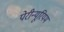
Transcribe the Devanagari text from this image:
पेरीन्यूरियम